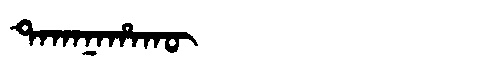
Manchu: ᡨᠠᡴᠠᠨᠠᡥᠠᡴᡡ
Romanization: TAKANAHAKŪ